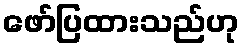
ဖော်ပြထားသည်ဟု